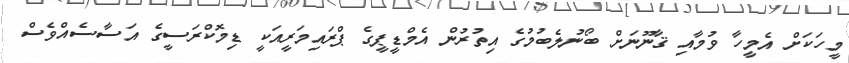
މީހަކަށް އެމީހާ ވުމާއި ޤާނޫނަށް ބޯނުލެބުމުގެ އިތުރުން އެމްޑީޕީގެ ޕްރައިމަރީއަކީ ޑިމޮޮކްރަސީގެ އަސާސެއްވެސް